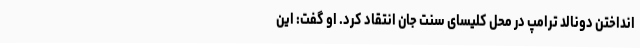
انداختن دونالد ترامپ در محل کلیسای سنت جان انتقاد کرد. او گفت: این